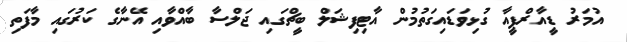
އުމަރު ޑީއާރްޕީއާ ގުޅިވަޑައިގަތުމުން އާޓިފިޝަލް ބީޗްގައި ޖަލްސާ ބާއްވާއި އޭނާގެ ކަރުގައި މާފަތި